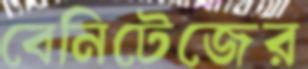
বেনিটেজের